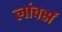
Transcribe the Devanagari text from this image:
लांचर्स